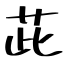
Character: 茈